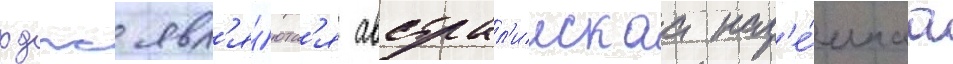
рдпс явл'я́ютс'я австрал'иискаа наз'е́мнаа